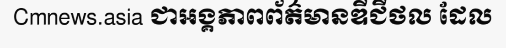
Cmnews.asia ជាអង្គភាពព័ត៌មានឌីជីថល ដែល